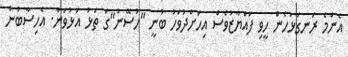
އެންމެ ރަނގަޅުހެން ހީވި ފައްޔާޒުވެސް އިހަށްދުވަހު ބުނީ "ހުސޭނު"ގަ ތަޅު އަޅުވަން. އެހިސާބުން